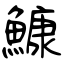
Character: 鱇